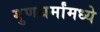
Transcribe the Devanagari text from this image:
गुणधर्मांमध्ये